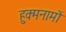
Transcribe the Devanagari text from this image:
हुक्मनामों